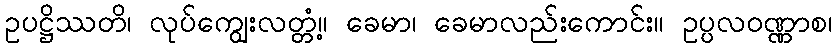
ဥပဋ္ဌိဿတိ၊ လုပ်ကျွေးလတ္တံ့။ ခေမာ၊ ခေမာလည်းကောင်း။ ဥပ္ပလဝဏ္ဏာစ၊